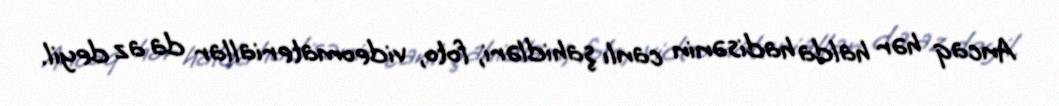
Ancaq hər halda hadisənin canlı şahidləri, foto, videomateriallar da az deyil.